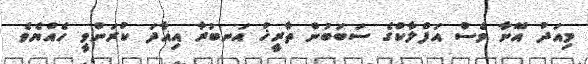
މިއަދު އޭނާ ވެސް އަފްލާކްގެ ސަބަބުން ތާރީޚު އަނބުރާ އިއާދަ ކުރަންވީ ހެއްޔެވެ